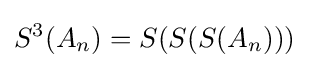
S^{3}(A_{n})=S(S(S(A_{n})))